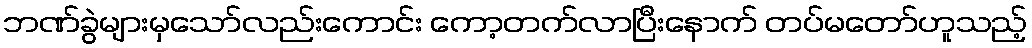
ဘဏ်ခွဲများမှသော်လည်းကောင်း ကော့တက်လာပြီးနောက် တပ်မတော်ဟူသည့်